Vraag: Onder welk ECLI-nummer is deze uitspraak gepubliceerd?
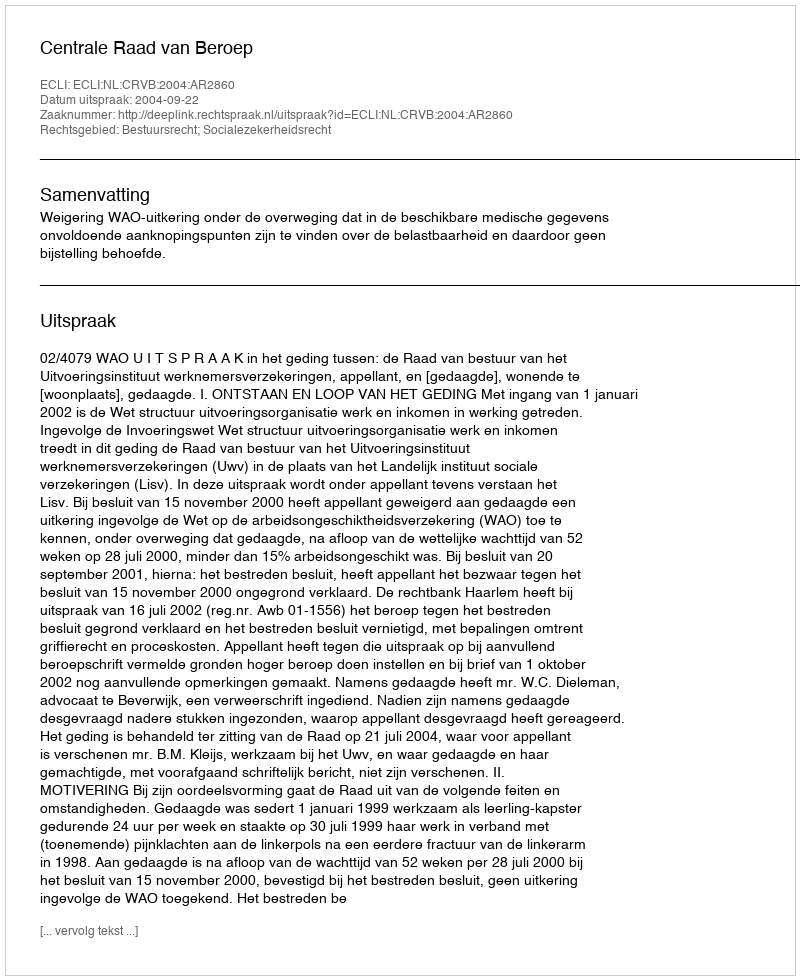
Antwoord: ECLI:NL:CRVB:2004:AR2860